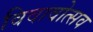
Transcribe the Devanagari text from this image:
विवावोत्सव